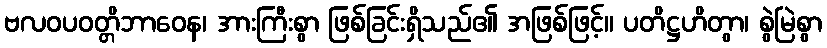
ဗလဝပဝတ္တိဘာဝေန၊ အားကြီးစွာ ဖြစ်ခြင်းရှိသည်၏ အဖြစ်ဖြင့်။ ပတိဋ္ဌဟိတွာ၊ စွဲမြဲစွာ